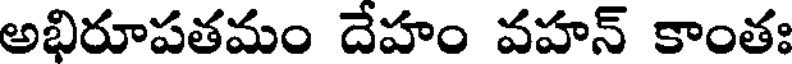
అభిరూపతమం దేహం వహన్ కాంతః